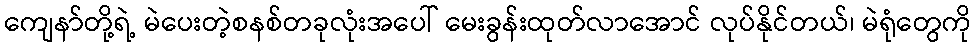
ကျေနာ်တို့ရဲ့ မဲပေးတဲ့စနစ်တခုလုံးအပေါ် မေးခွန်းထုတ်လာအောင် လုပ်နိုင်တယ်၊ မဲရုံတွေကို